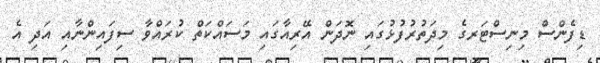
ޑިފެންސް މިނިސްޓަރގެ މިދަތުރުފުޅުގައި ނޮދަން އޭރިއާގައި މަސައްކަތް ކުރައްވާ ސިފައިންނާއި އަދި އެ